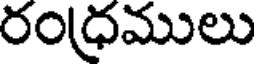
రంధ్రములు